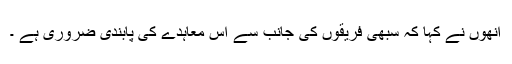
انھوں نے کہا کہ سبھی فریقوں کی جانب سے اس معاہدے کی پابندی ضروری ہے ۔